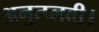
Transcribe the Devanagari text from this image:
अनुत्प्लवी।